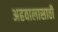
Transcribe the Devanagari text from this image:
अहवालासाठी